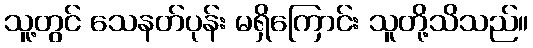
သူ့တွင် သေနတ်ပုန်း မရှိကြောင်း သူတို့သိသည်။